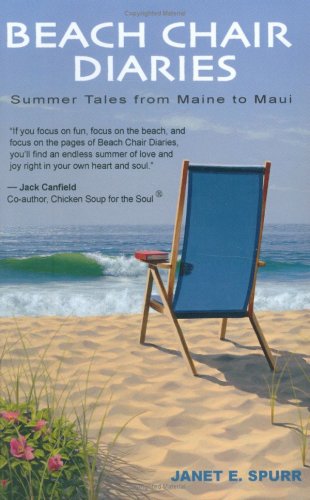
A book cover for Beach Chair Diaries; Janet E. Spurr; Travel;